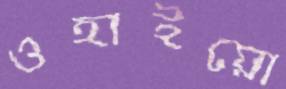
ওহাইয়ো